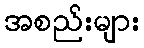
အစည်းများ